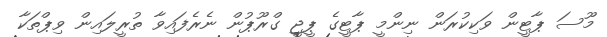
މޫސަ ޕާޓީން ވަކިކުރަން ނިންމީ ޕާޓީގެ ޕީޖީ ގްރޫޕުން ނެރެފައިވާ ތުރީލައިން ވިޕްތަކާ